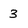
Character: 3